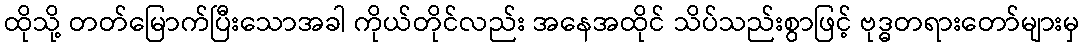
ထိုသို့ တတ်မြောက်ပြီးသောအခါ ကိုယ်တိုင်လည်း အနေအထိုင် သိပ်သည်းစွာဖြင့် ဗုဒ္ဓတရားတော်များမှ